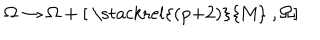
\Omega \rightarrow \Omega + [ { \raise 0 p t \mathrm { ~ \stackrel { ( p + 2 ) } { M } ~ } } , \Omega ]